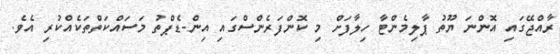
ރާއްޖޭގައި އޮންނަ ޔޫތު ޕާލިމެންޓާ ހިލާފަށް މި ކޮންފަރެންސްގައި އިން-ޑެޕްތު މަސައްކަތްތަކެއްކުރި އެވެ.